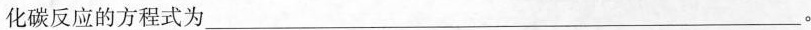
化碳反应的方程式为___。